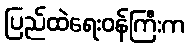
ပြည်ထဲရေးဝန်ကြီးက